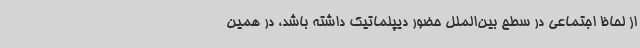
از لحاظ اجتماعی در سطح بین‌الملل حضور دیپلماتیک داشته باشد، در همین